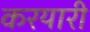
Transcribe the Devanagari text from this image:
करयारी